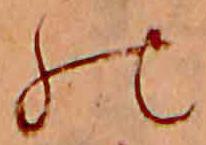
の